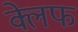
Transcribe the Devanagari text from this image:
क्लेफ